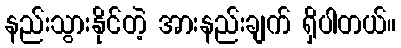
နည်းသွားနိုင်တဲ့ အားနည်းချက် ရှိပါတယ်။